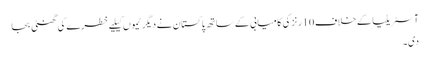
آسٹریلیا کے خلاف 10 رنز کی کامیابی کے ساتھ پاکستان نے دیگر ٹیموں کیلیے خطرے کی گھنٹی بجا
دی۔